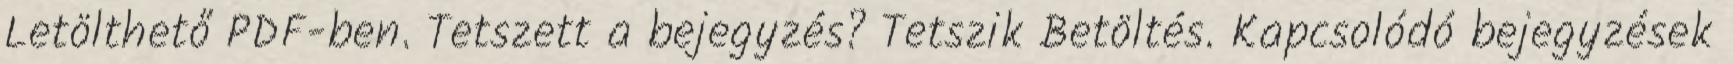
Letölthető PDF-ben. Tetszett a bejegyzés? Tetszik Betöltés. Kapcsolódó bejegyzések